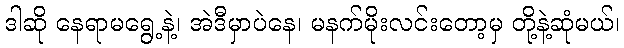
ဒါဆို နေရာမရွေ့နဲ့၊ အဲဒီမှာပဲနေ၊ မနက်မိုးလင်းတော့မှ တို့နဲ့ဆုံမယ်၊